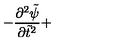
- \displaystyle \frac { \partial ^ { 2 } { \tilde { \psi } } } { \partial { \tilde { t } } ^ { 2 } } +